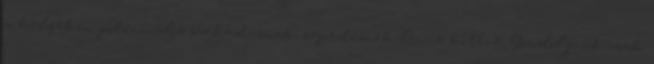
a helyeken potenciális szakadásnak, repedésnek lenne kitéve. Gondoljunk csak